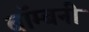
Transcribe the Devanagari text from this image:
बॉम्बनी